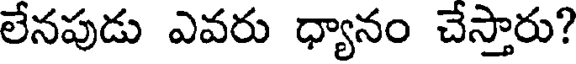
లేనపుడు ఎవరు ధ్యానం చేస్తారు?